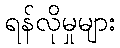
ရန်လိုမှုများ